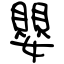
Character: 嬰